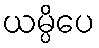
ယမ္ပိပေ